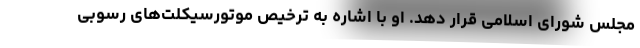
مجلس شورای اسلامی قرار دهد. او با اشاره به ترخیص موتورسیکلت‌های رسوبی